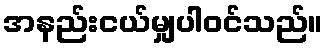
အနည်းငယ်မျှပါဝင်သည်။